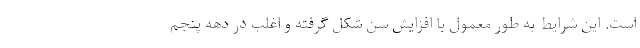
است. این شرایط به طور معمول با افزایش سن شکل گرفته و اغلب در دهه پنجم